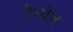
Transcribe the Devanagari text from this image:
रैम्पेज़